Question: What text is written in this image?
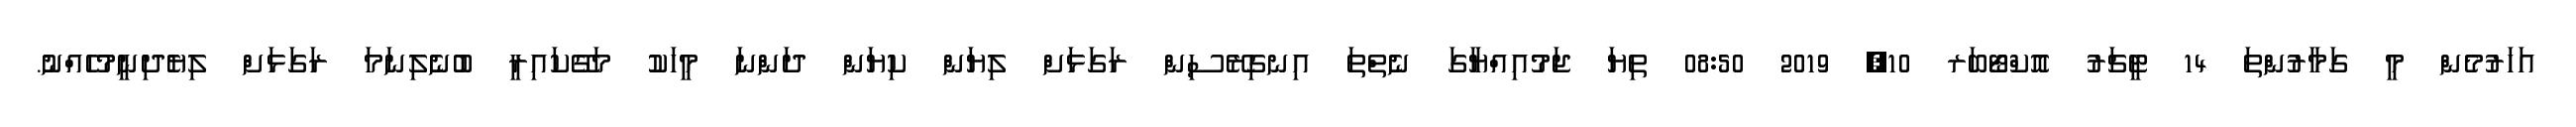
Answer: އަހަރުމެން މީ ގަމާރުންތަ 14 ޓީޗަރު އޮކްޓޯބަރ 10, 2019 08:50 ތިޔަ ޖަމުއިއްޔާގަ ނެތްތަ އިނގިރޭސިން ރަގަޅަށް ލިޔަން ކިޔަން ދަންނަ މީހަކު މަގޭކައިރީ ބުނެލިނަމަ ރަގަޅަށް ލިޔެދިނީމުހެއްނު.